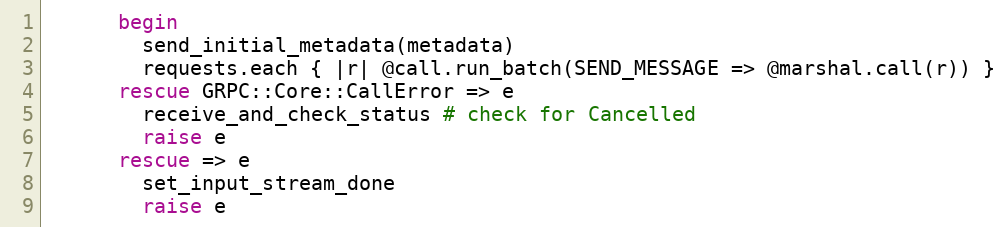
Language: Ruby
      begin
        send_initial_metadata(metadata)
        requests.each { |r| @call.run_batch(SEND_MESSAGE => @marshal.call(r)) }
      rescue GRPC::Core::CallError => e
        receive_and_check_status # check for Cancelled
        raise e
      rescue => e
        set_input_stream_done
        raise e